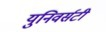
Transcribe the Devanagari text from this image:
युनिवर्सटी